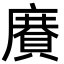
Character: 𢋍